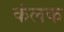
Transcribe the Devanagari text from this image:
कंलक